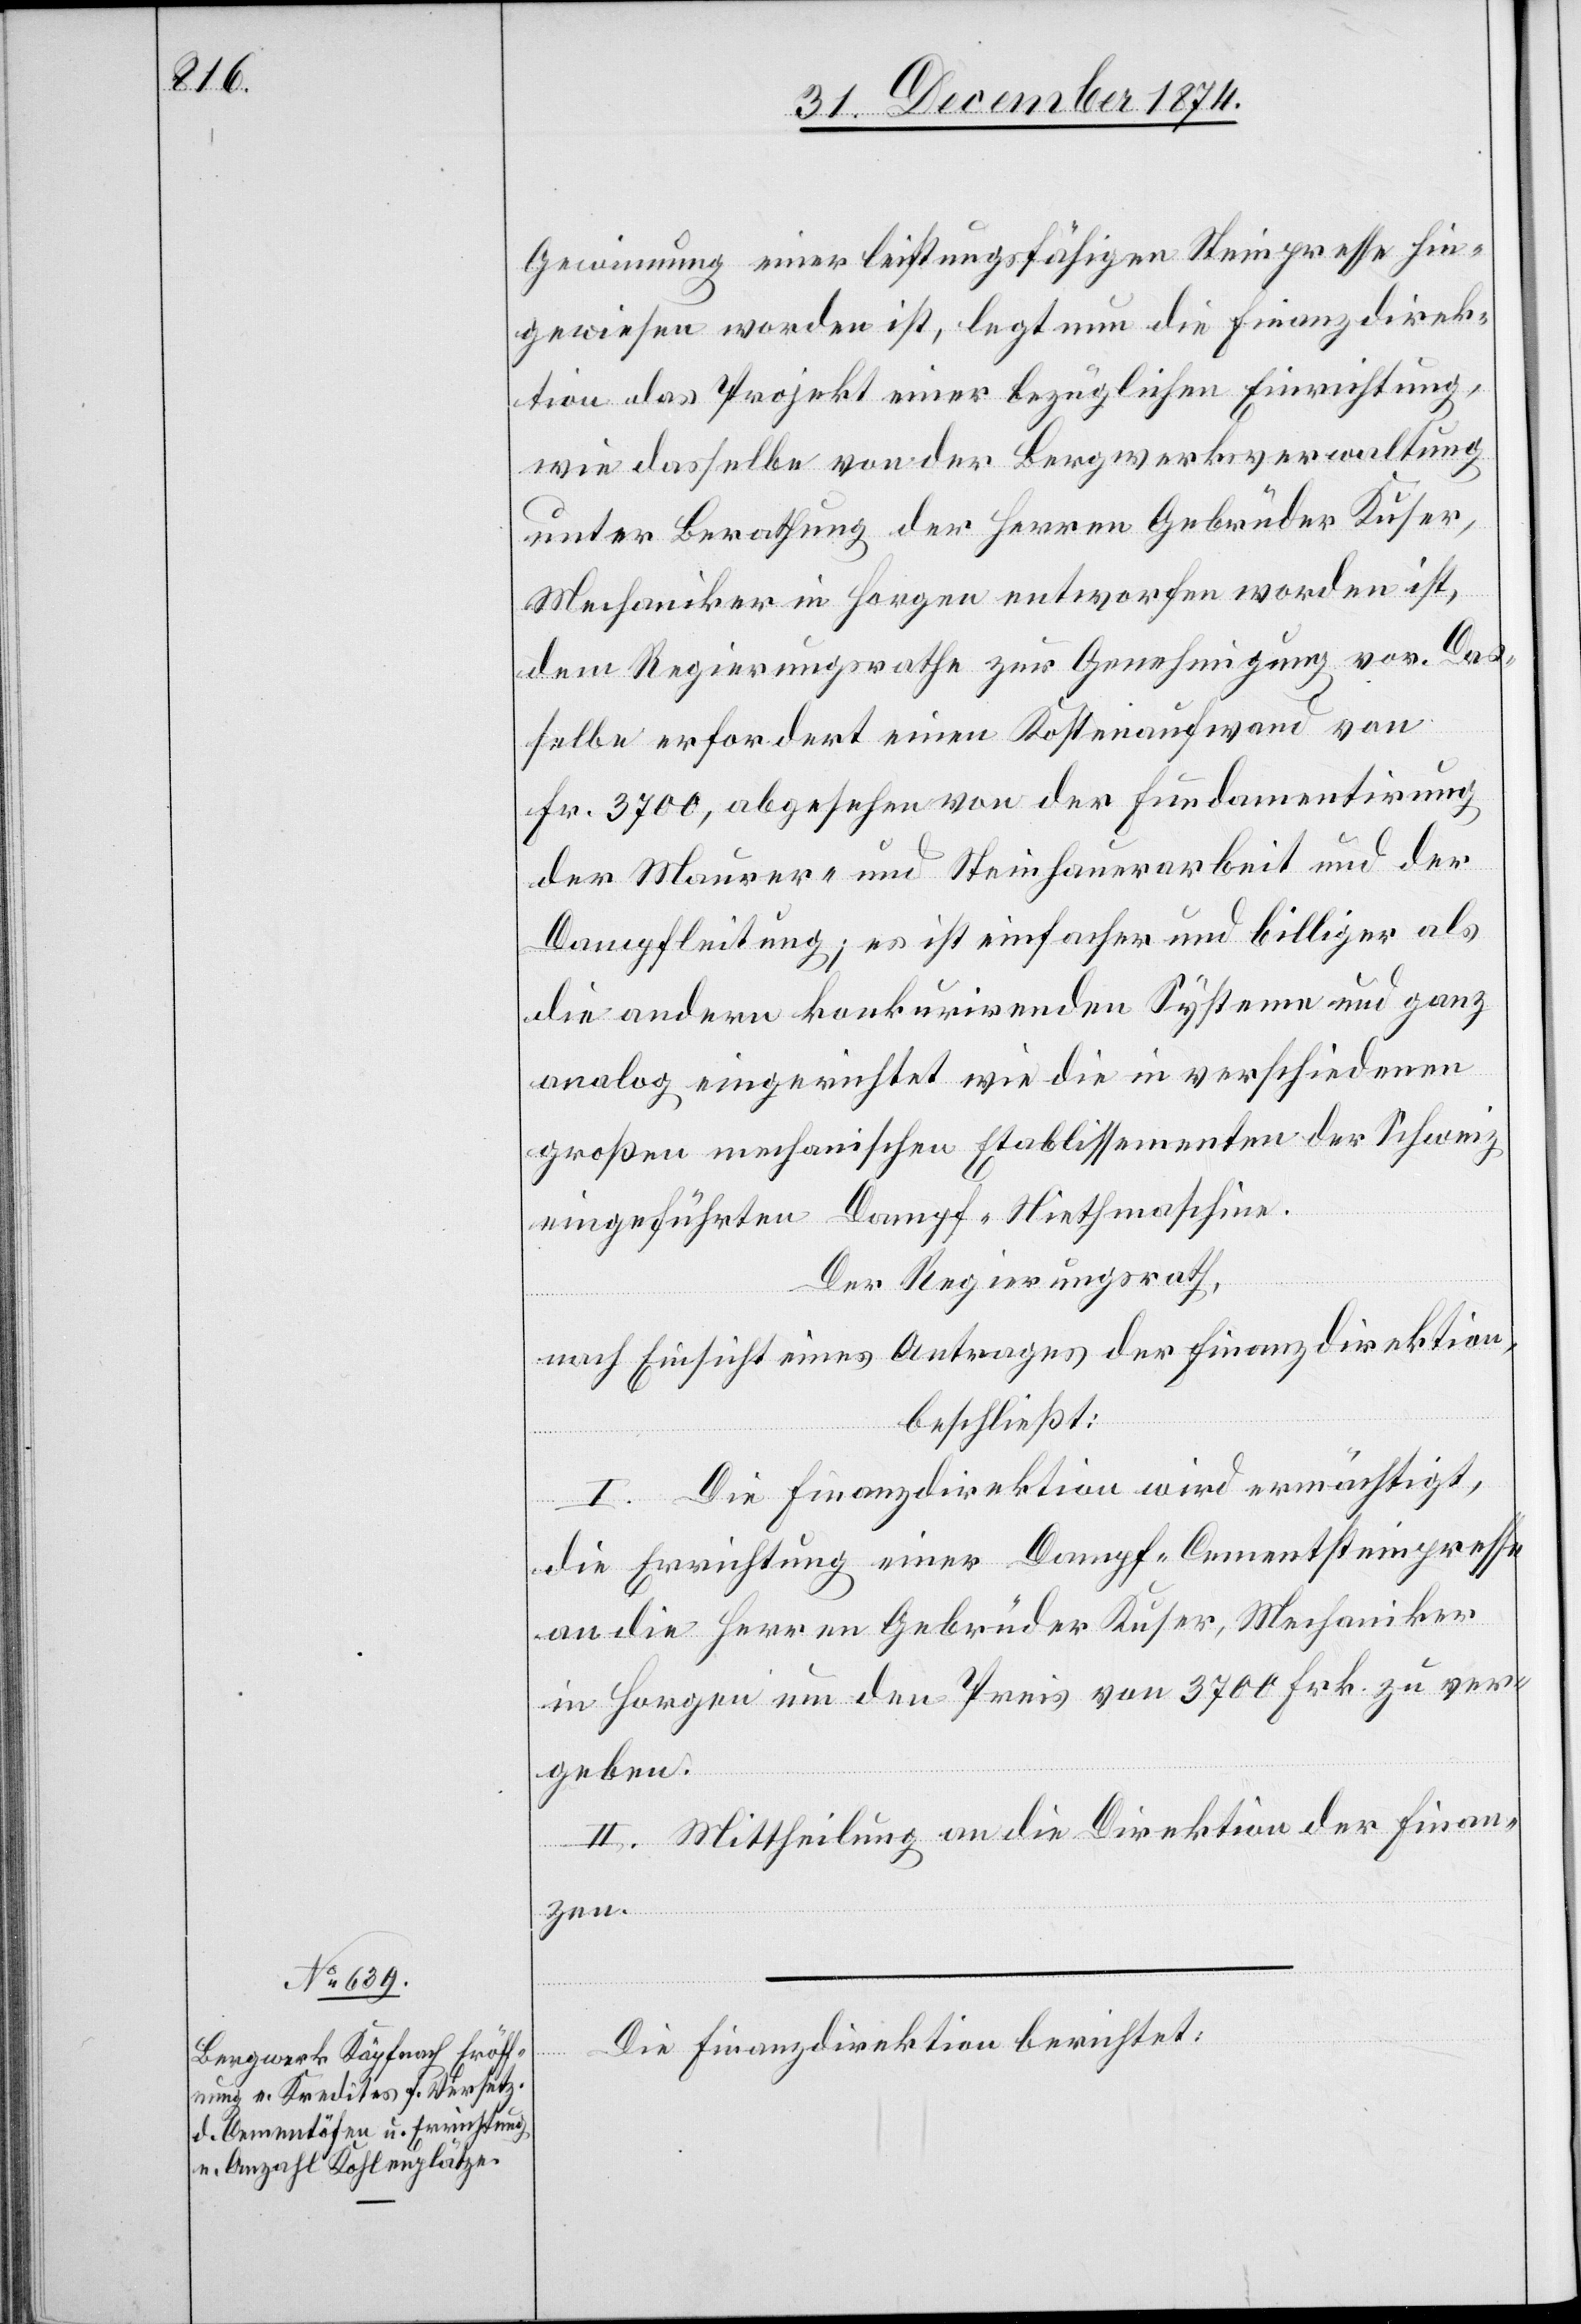
Gewinnung einer leistungsfähigen Steinpresse hin¬
gewiesen worden ist, legt nun die Finanzdirek¬
tion das Projekt einer bezüglichen Einrichtung,
wie dasselbe von der Bergwerksverwaltung
unter Berathung der Herren Gebrüder Kuser,
Mechaniker in Horgen entworfen worden ist,
dem Regierungsrathe zur Genehmigung vor. Das¬
selbe erfordert einen Kostenaufwand von
Fr. 3700, abgesehen von der Fundamentirung
der Maurer- und Steinhauerarbeit und der
Dampfleitung; es ist einfacher und billiger als
die anderen konkur[r]irenden Systeme und ganz
analog eingerichtet wie die in verschiedenen
großen mechanischen Etablissementen der Schweiz
eingeführten Dampf-Niethmaschine.
Der Regierungsrath,
nach Einsicht eines Antrages der Finanzdirektion,
beschließt:
I. Die Finanzdirektion wird ermächtigt,
die Errichtung einer Dampf-Cementsteinpresse
an die Herren Gebrüder Kuser, Mechaniker
in Horgen um den Preis von 3700 Frk. zu ver¬
geben.
II. Mittheilung an die Direktion der Finan¬
zen.
Die Finanzdirektion berichtet: